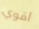
اقوي